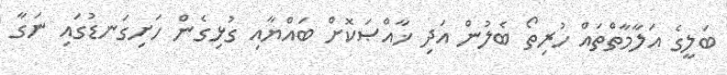
ބަލީގެ އަލާމާތްތައް ހުރިތޯ ބެލުން އަދި ޚާއްޞަކޮށް ބައްޔާއި ގުޅިގެން ހަށިގަނޑުގައި ނަގާ